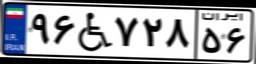
۹۶W۷۲۸۵۶